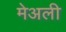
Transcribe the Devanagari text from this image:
मेअली